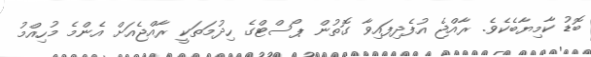
ބޮޑު ކާމިޔާބެކެވެ. ރާއްޖެ އުފެދިފައިވާ ގޮތުން ޕޯސްޓްގެ ހިދުމަތަކީ ރާއްޖެއަށް އެންމެ މުހިއްމު